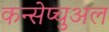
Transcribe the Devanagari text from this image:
कन्सेप्चुअल